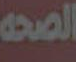
الصحه